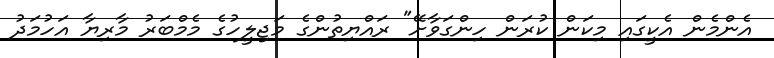
އެންމެން އެކީގައި މިކަން ކުރަން ހިންގަވާށޭ" ރައްޔިތުންގެ މަޖިލީހުގެ މެމްބަރު މާރިޔާ އަހުމަދު